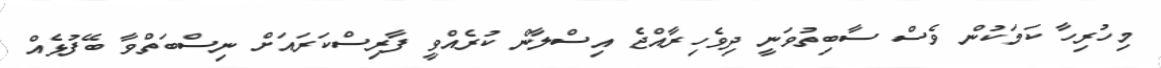
މިހުރިހާ ކަމަކުން ވެސް ސާބިތުވަނީ ދިވެހިރާއްޖެ އިސްލާން ކުރެއްވީ ފާރިސްކަރައަށް ނިސްބަތްވާ ބޭފުޅެއް